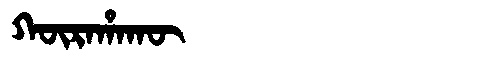
Manchu: ᡴᡡᡵᠠᡥᠠᡴᡡ
Romanization: KŪRAHAKŪ